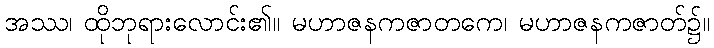
အဿ၊ ထိုဘုရားလောင်း၏။ မဟာဇနကဇာတကေ၊ မဟာဇနကဇာတ်၌။